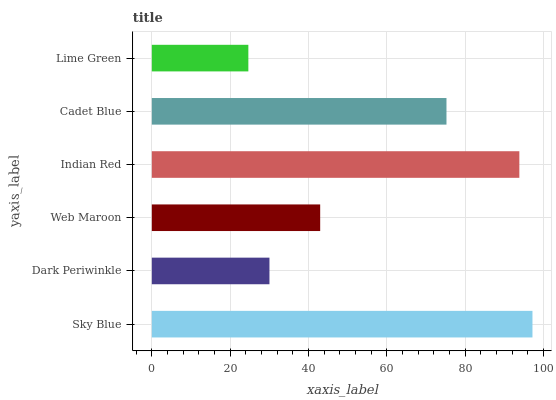
| yaxis_label | bars |
 | --- | --- |
 | Sky Blue | 97.1 |
 | Dark Periwinkle | 30 |
 | Web Maroon | 43 |
 | Indian Red | 93.8 |
 | Cadet Blue | 75.2 |
 | Lime Green | 24.6 |